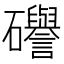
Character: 𥗻